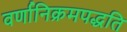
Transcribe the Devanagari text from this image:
वर्णानिक्रमपद्धति